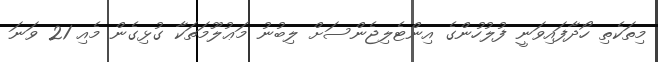
މިތަކެތި ހޯދާފައިވަނީ ފުލުހުންގެ އިންޓެލިޖެންސަށް ލިބުނު މަޢުލޫމަތަކާ ގުޅިގެން މެއި 21 ވަނަ